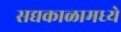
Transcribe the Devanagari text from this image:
सद्यकाळामध्ये